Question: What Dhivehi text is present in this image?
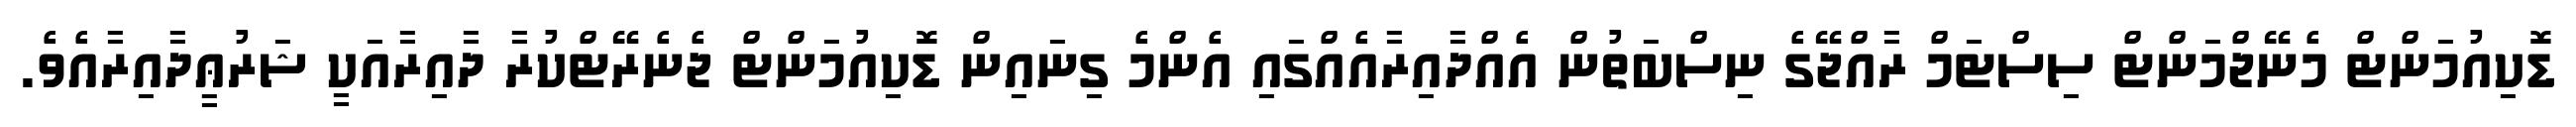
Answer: ޑޮކިއުމަންޓް މެނޭޖްމަންޓް ސިސްޓަމް ރާއްޖޭގެ ނިސްބަތުން އެއްދާއިރާއެއްގައި އެންމެ ގިނައިން ޑޮކިއުމަންޓް ޖެނެރޭޓްކުރާ ދާއިރާއަކީ ޝަރުޢީދާއިރާއެވެ.